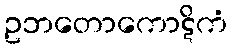
ဥဘတောကောဋိကံ